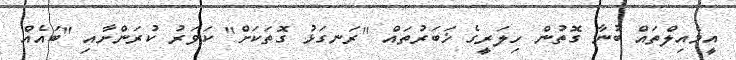
އީމެއިލްތައް ބުނާ ގޮތުން ހިލަރީގެ ޚަބަރުތައް "ރަނގަޅު ގޮތަކަށް" ކަވަރު ކުރަންށާއި "ބައެއް